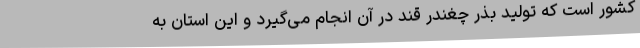
کشور است که تولید بذر چغندر قند در آن انجام می‌گیرد و این استان به